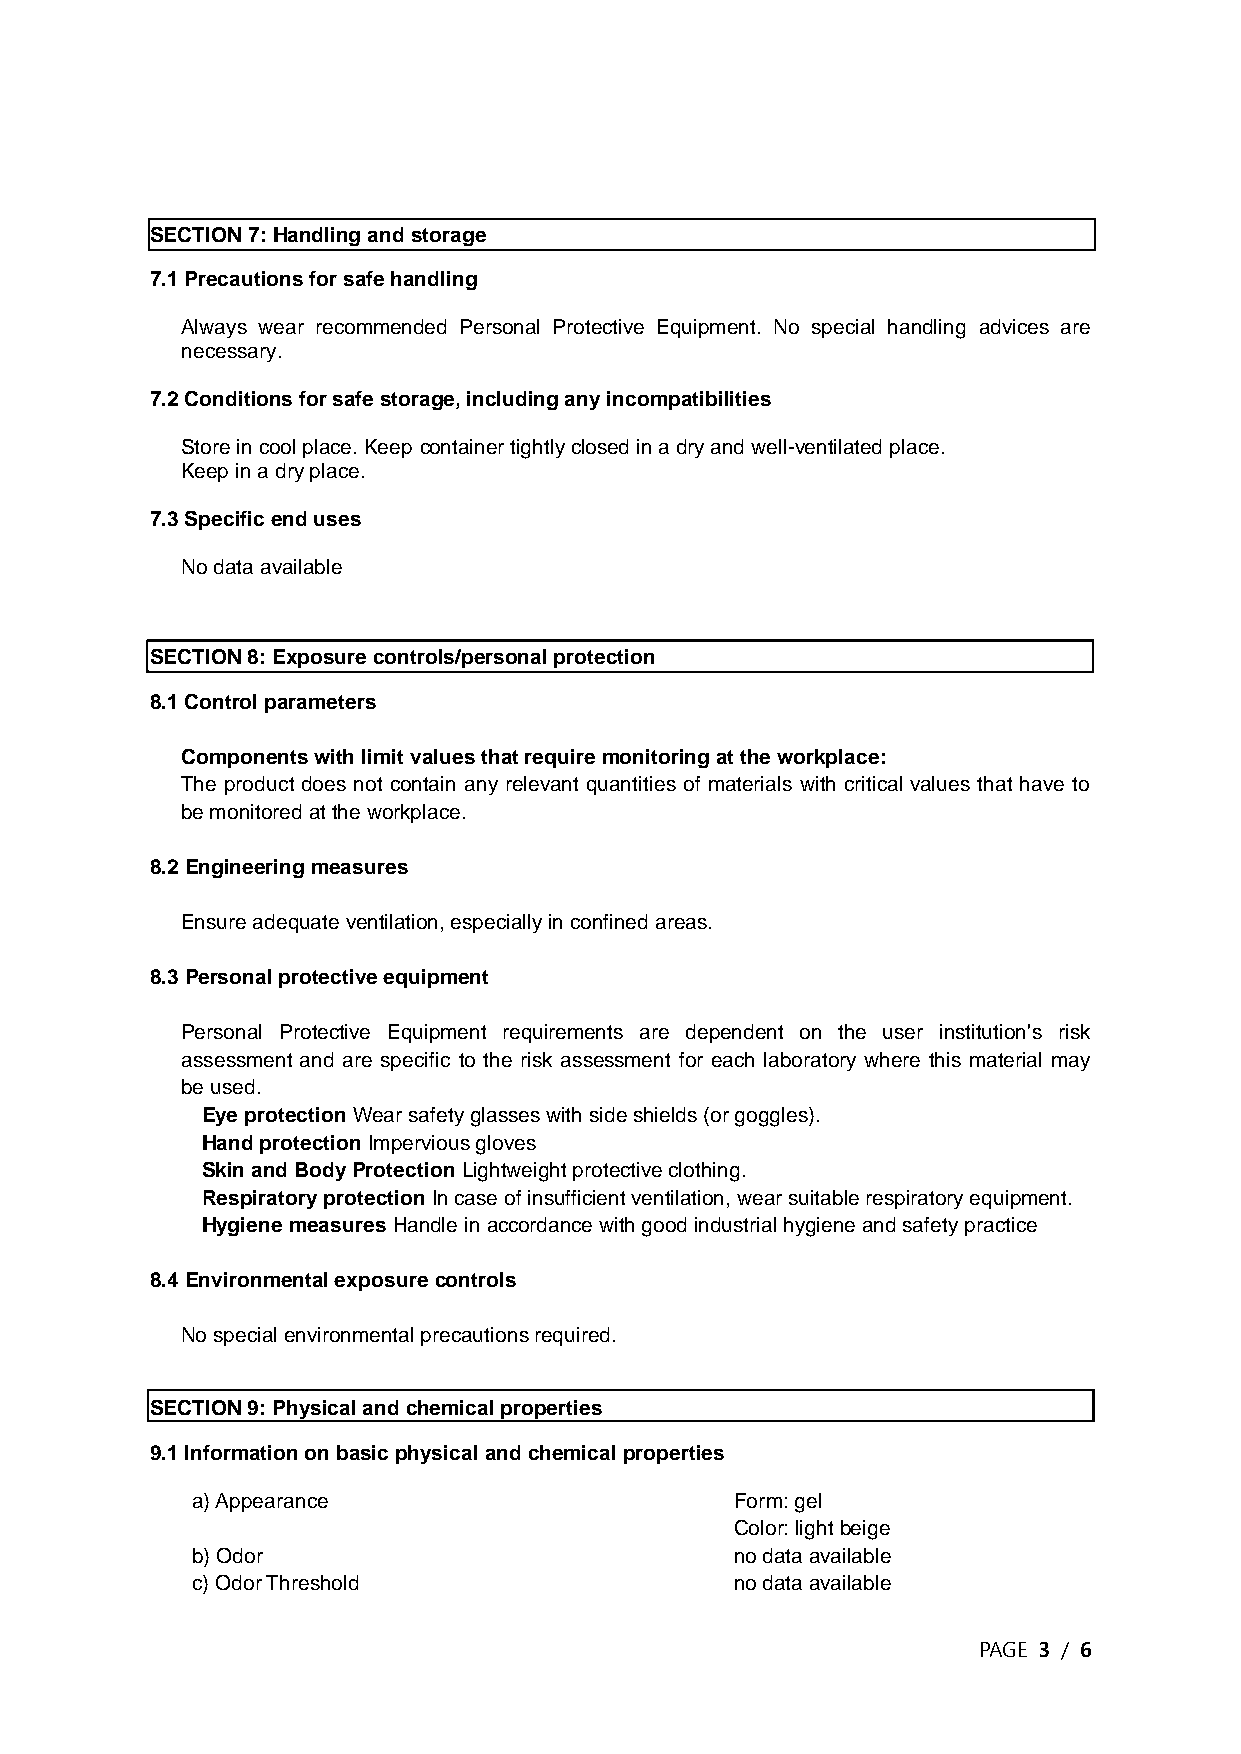
SECTION 7: Handling and storage
 7.1 Precautions for safe handling
 Always wear recommended Personal Protective Equipment. No special handling advices are
 necessary.
 7.2 Conditions for safe storage, including any incompatibilities
 Store in cool place. Keep container tightly closed in a dry and well-ventilated place.
 Keep in a dry place.
 7.3 Specific end uses
 No data available
 SECTION 8: Exposure controls/personal protection
 8.1 Control parameters
 Components with limit values that require monitoring at the workplace:
 The product does not contain any relevant quantities of materials with critical values that have to
 be monitored at the workplace.
 8.2 Engineering measures
 Ensure adequate ventilation, especially in confined areas.
 8.3 Personal protective equipment
 Personal Protective Equipment requirements are dependent on the user institution's risk
 assessment and are specific to the risk assessment for each laboratory where this material may
 be used.
 Eye protection Wear safety glasses with side shields (or goggles).
 Hand protection Impervious gloves
 Skin and Body Protection Lightweight protective clothing.
 Respiratory protection In case of insufficient ventilation, wear suitable respiratory equipment.
 Hygiene measures Handle in accordance with good industrial hygiene and safety practice
 8.4 Environmental exposure controls
 No special environmental precautions required.
 SECTION 9: Physical and chemical properties
 9.1 Information on basic physical and chemical properties
 a) Appearance                       Form: gel
 Color: light beige
 b) Odor                             no data available
 c) Odor Threshold                   no data available
 PAGE 3 / 6